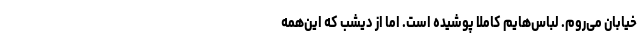
خیابان می‌روم. لباس‌هایم کاملا پوشیده است. اما از دیشب که این‌همه